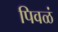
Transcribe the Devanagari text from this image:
पिवळं